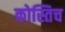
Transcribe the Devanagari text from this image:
कोस्तिच